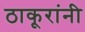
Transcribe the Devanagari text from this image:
ठाकूरांनी